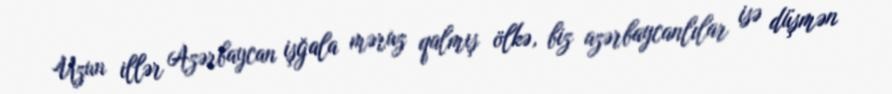
Uzun illər Azərbaycan işğala məruz qalmış ölkə, biz azərbaycanlılar isə düşmən